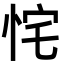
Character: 㤞